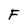
Character: F